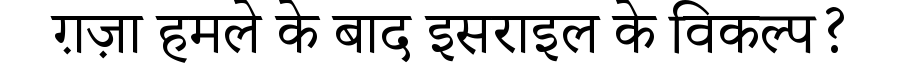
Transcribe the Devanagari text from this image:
ग़ज़ा हमले के बाद इसराइल के विकल्प?